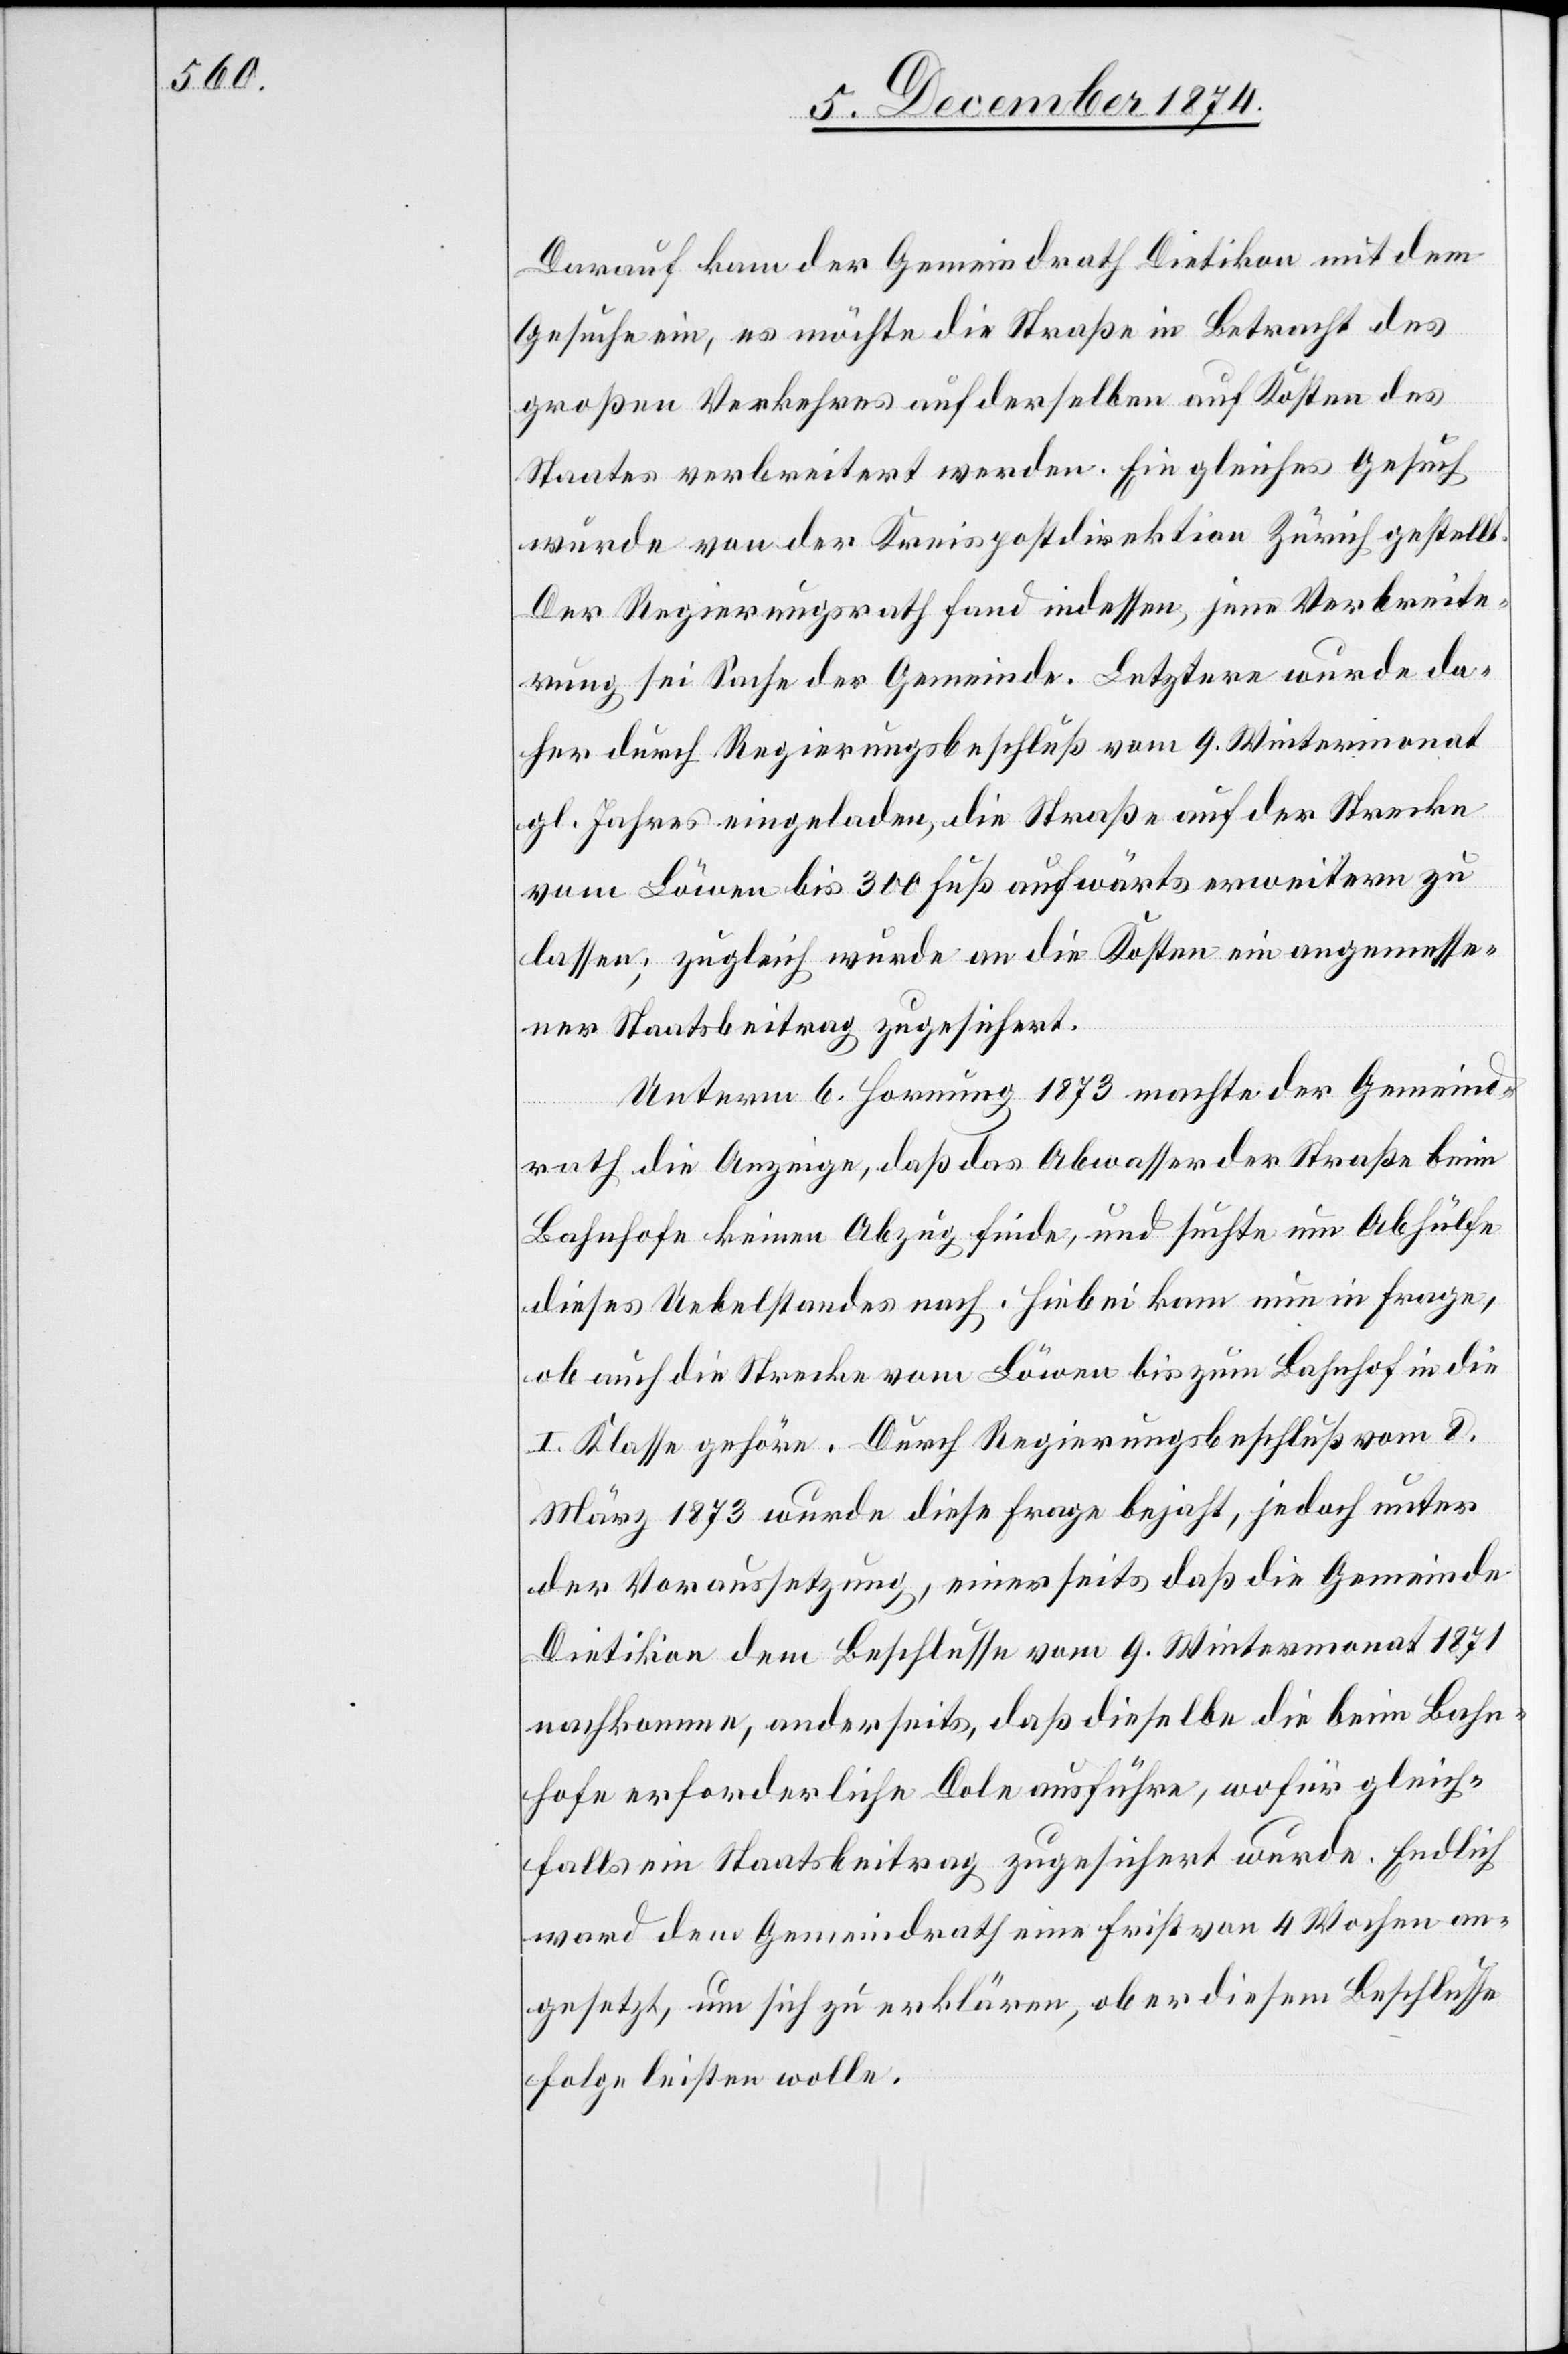
Darauf kam der Gemeindrath Dietikon mit dem
Gesuche ein, es möchte die Straße in Betracht des
großen Verkehres auf derselben auf Kosten des
Staates verbreitert werden. Ein gleiches Gesuch
wurde von der Kreispostdirektion Zürich gestellt.
Der Regierungsrath fand indessen, jene Verbreite¬
rung sei Sache der Gemeinde. Letztere wurde da¬
her durch Regierungsbeschluß vom 9. Wintermonat
gl. Jahres eingeladen, die Straße auf der Strecke
vom Löwen bis 300 Fuß aufwärts erweitern zu
lassen; zugleich wurde an die Kosten ein angemesse¬
ner Staatsbeitrag zugesichert.
Unterm 6. Hornung 1873 machte der Gemeind¬
rath die Anzeige, daß das Abwasser der Straße beim
Bahnhofe keinen Abzug finde, und suchte um Abhülfe
dieses Uebelstandes nach. Hiebei kam nun in Frage,
ob auch die Strecke vom Löwen bis zum Bahnhof in die
I. Klasse gehöre. Durch Regierungsbeschluß vom 8.
März 1873 wurde diese Frage bejaht, jedoch unter
der Voraussetzung, einerseits daß die Gemeinde
Dietikon dem Beschlusse vom 9. Wintermonat 1871
nachkomme, anderseits, daß dieselbe die beim Bahn¬
hofe erforderliche Dole ausführe, wofür gleich¬
falls ein Staatsbeitrag zugesichert wurde. Endlich
ward dem Gemeindrath eine Frist von 4 Wochen an¬
gesetzt, um sich zu erklären, ob er diesem Beschlusse
Folge leisten wolle.